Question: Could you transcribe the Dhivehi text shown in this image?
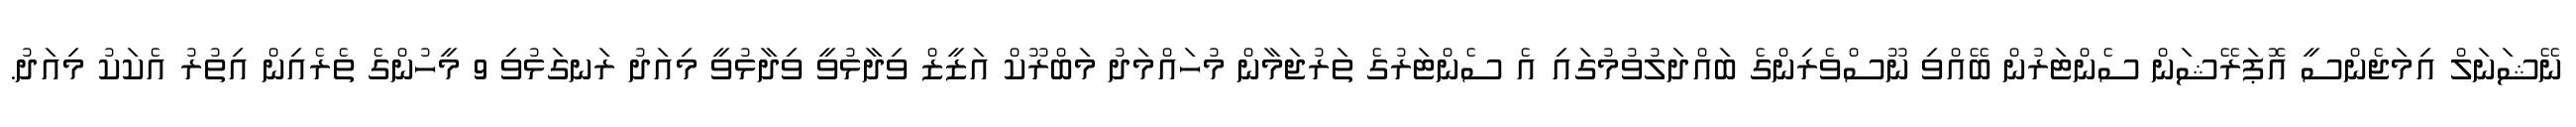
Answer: ނޭޝަނަލް އިމަޖެންސީ އޮޕަރޭޝަން ސެންޓަރުން ބޭއްވި ނޫސްވެރިންގެ ބައްދަލުވުމުގައި އެ ސެންޓަރުގެ ތަރުޖަމާން މުހައްމަދު މަބްރޫކް އަޒީޒް ވިދާޅުވީ ވިދާޅުވީ މިއަދު ރަނގަޅުވި 9 މީހުންގެ ތެރެއިން އިތުރު އެކަކު މިއަދު.